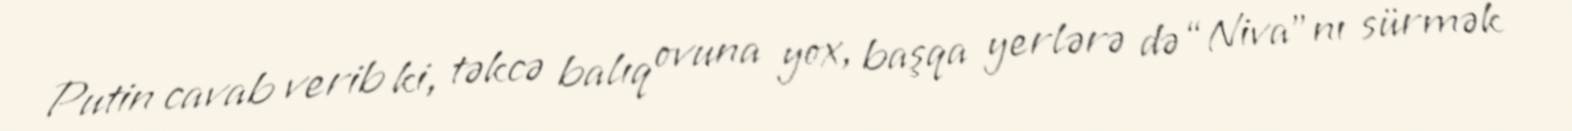
Putin cavab verib ki, təkcə balıq ovuna yox, başqa yerlərə də “Niva”nı sürmək